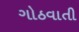
ગોઠવાતી